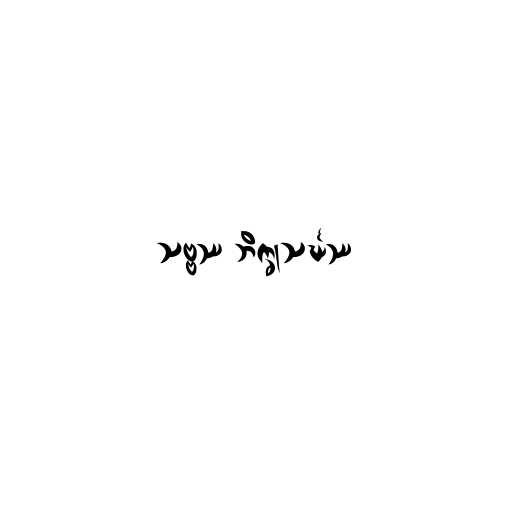
သဗ္ဗဿ ဘိက္ခုသင်္ဃဿ